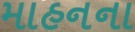
માહનના